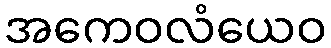
အကေဝလံယေဝ